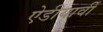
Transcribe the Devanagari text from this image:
ऐडीयार्वी